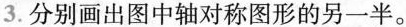
3.分别画出图中轴对称图形的另一半。